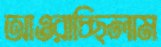
আওরাচ্ছিলাম